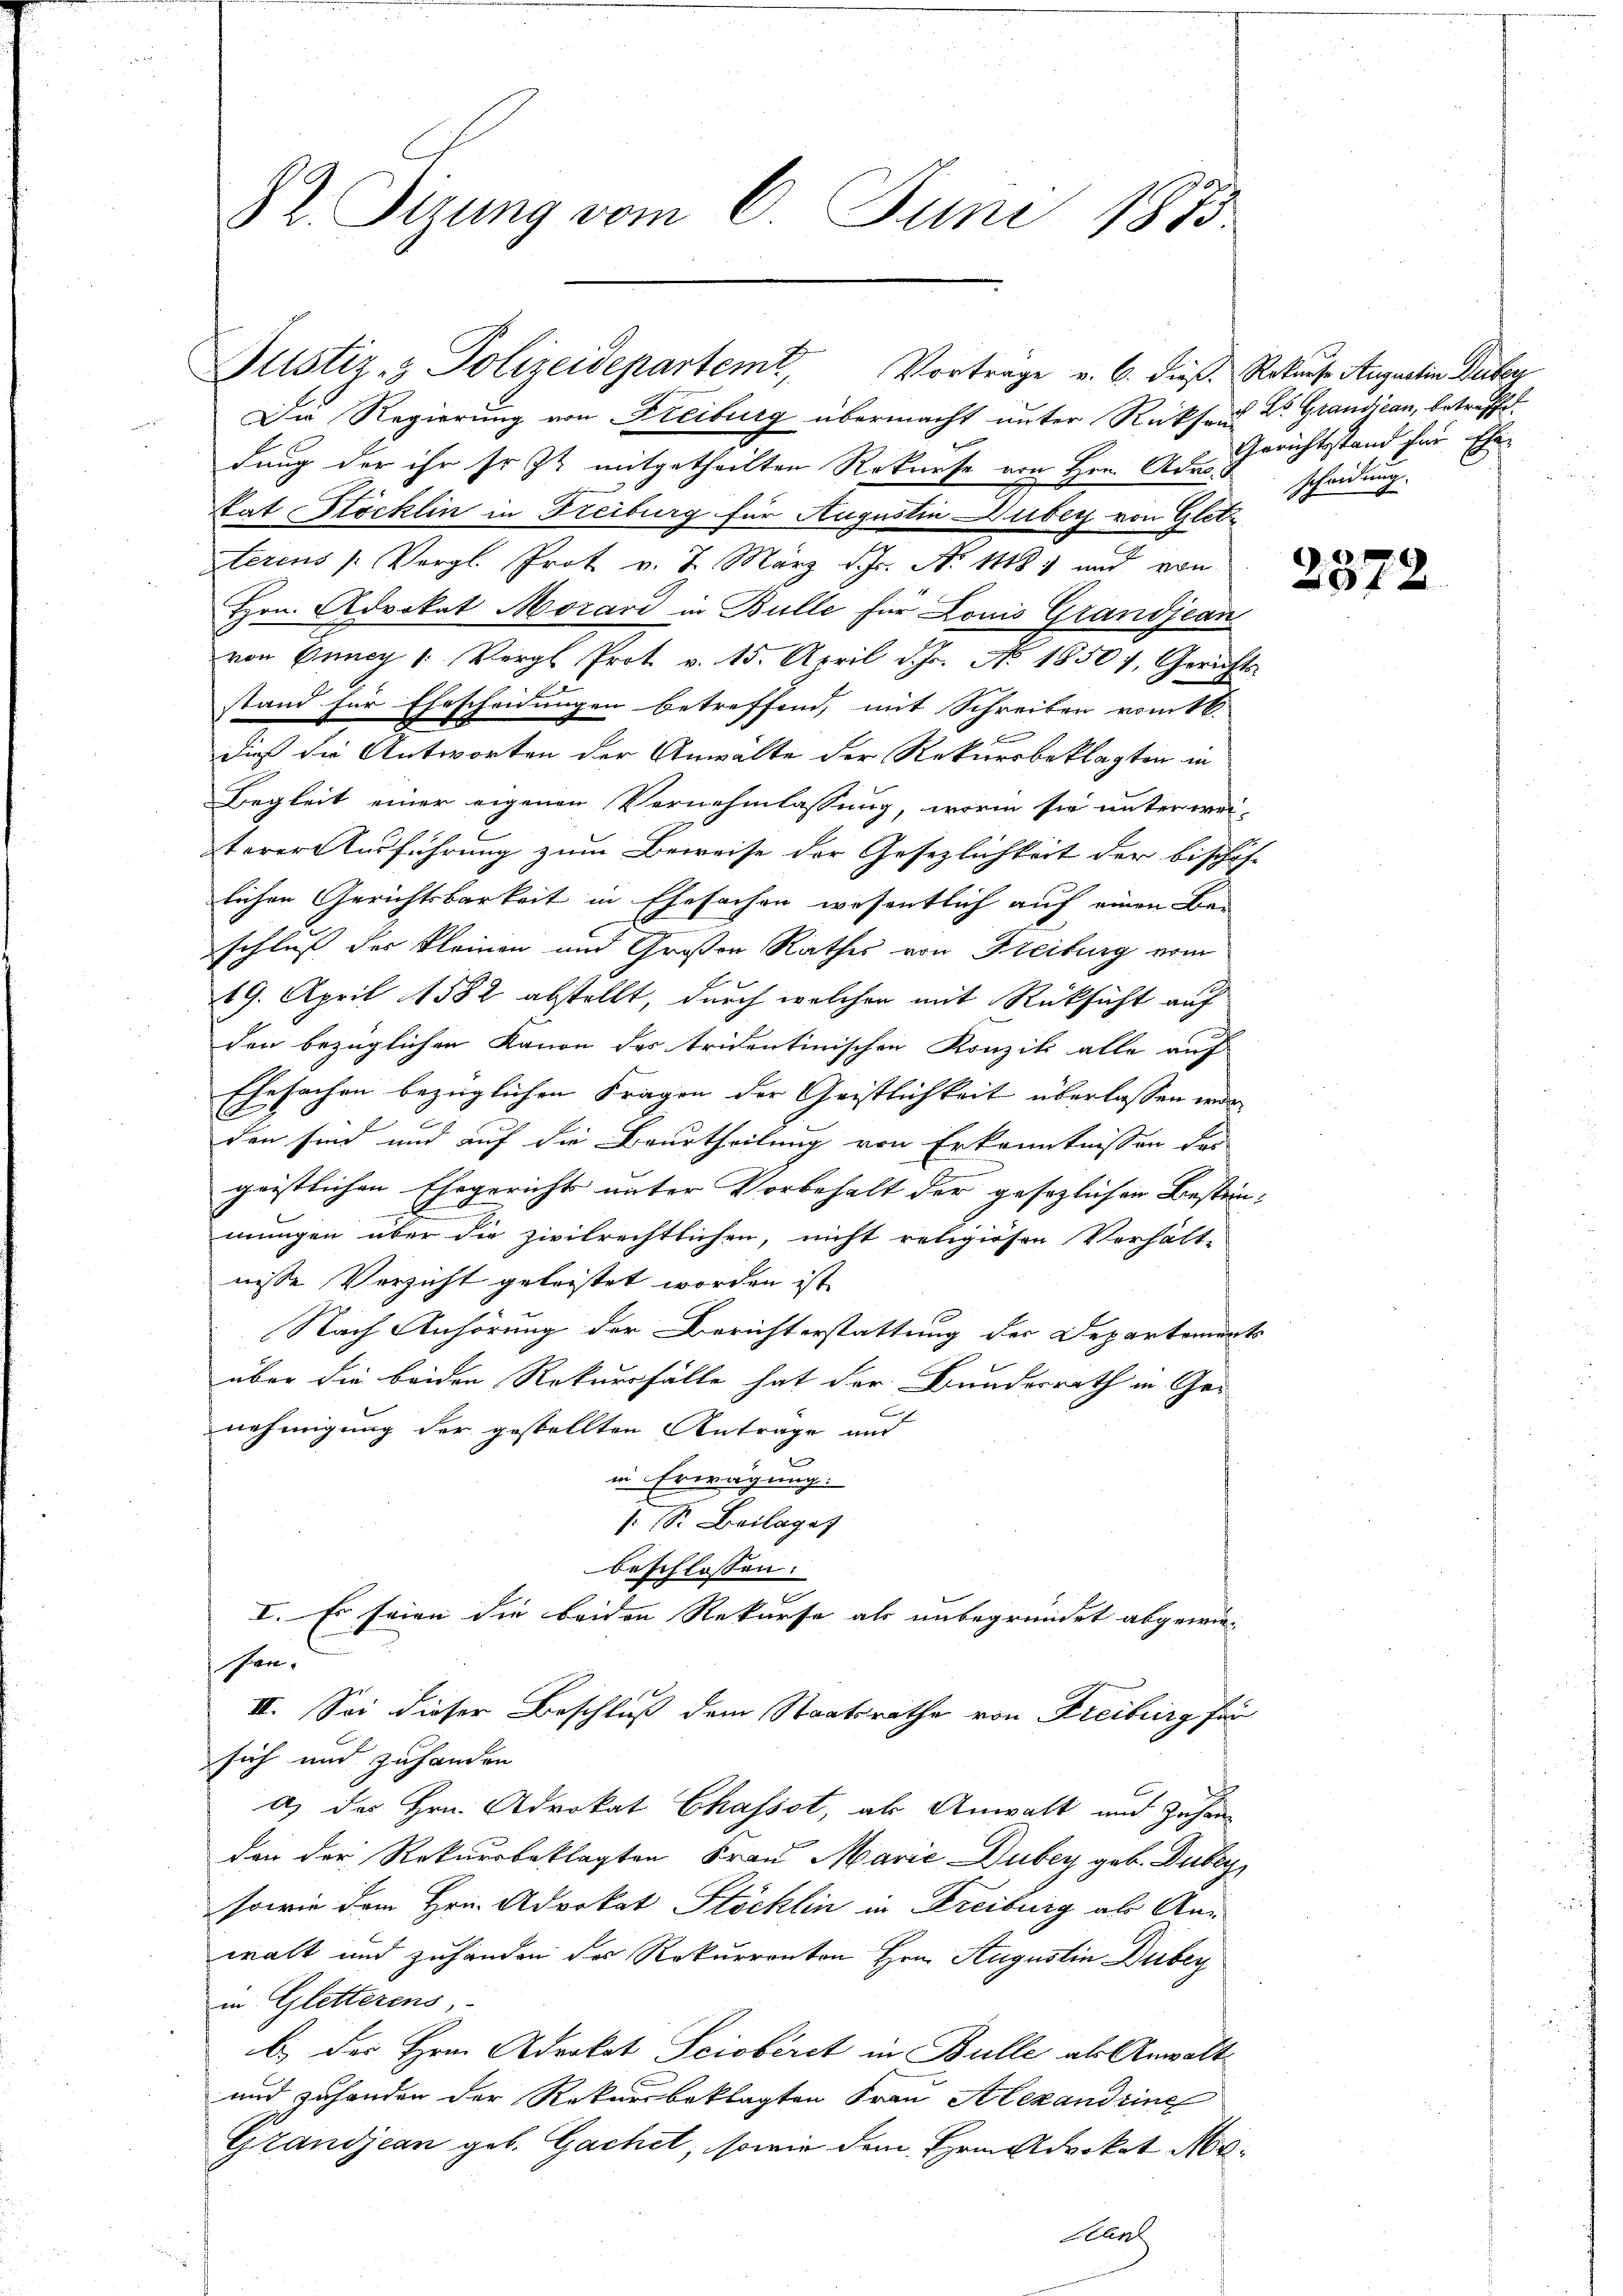
82 Sizung vom 6. Juni 1873.

Justiz- & Polizeidepartem Vortrage v. 6. dieß Rekurse Augustin Huber

Die Regierung von Freiburg übermacht unter Rücksend ds Grandiean, betreffe.
dung der ihr so zu mitgetheilten Rekurse von Hrn. Adm
kat Stöcklin in Freiburg für Augustin über von Glitterens (Vergl. Prot v. 7. März d. Js. Ao 18. und von
Hrn. Advokat Morari in Bulle für Louis Grandjean
von Guney (: Vergl Prot v. 15. April d. Js. No. 18507, Gerichts-
stand für Ehescheidungen betreffend, mit Schreiben vom 16.
dieß die Antworten der Anwälte der Rekursbeklagten in
Begleit einer eigenen Vernehmlassung, worin sie unterwei-
terer Ausführung zum Beweise der Gesezlichkeit der bischöf-
lichen Gerichtsbarkeit in Ehesachen wesentlich auf einen Beschluß des Kleinen und Großen Rathes von Freiburg vom
19. April 1882 abstellt, durch welchen mit Rücksicht auf
den bezüglichen Kanon des tridentinischen Konzik alle auf
Ehesachen bezüglichen Fragen der Geistlichkeit überlassen ware
den sind und auf die Beurtheilung von Erkenntnissen der
geistlichen Ehegericht unter Vorbehalt der gesezlichen Bestim-
x
mungen über die zivilrechtlichen, nicht religiösen Verhält-
nisse Verzicht geleistet worden ist,
Nach Anhörung der Berichterstattung der Departements
über die beiden Rekursfälle hat der Bundesrath in Genehmigung der gestellten Anträge und
in Erwägung.
/: S. Beilaget
beschlossen:
.
I. Es seien die beiden Rekurse als unbegründet abgewies
sen.
II. Sei dieser Beschluß dem Staatsrathe von Freiburg für
sich und zuhanden
a) der Hrn. Advokat Chasset, als Anwalt und Zuhanden der Rekursbeklagten Frau Marie Duber geb. Dubey
sowie dem Hrn. Advokat Stöcklin in Freiburg als Anwalt und zuhanden des Rekurrenten Hrn. Augustin Dubey
in Gletterins,
b.) des Hrn. Advokat Sciobiret in Bulle als Anwalt¬
und zuhanden der Rekursbeklagten Frau Alexandring
Grandjean geb. Gachet, sowie dem Hrn. Advokat Mo¬
Hant

Gerichtstand für Ehe-
scheidung.

2372